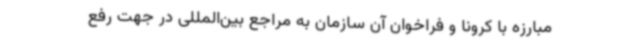
مبارزه با کرونا و فراخوان آن سازمان به مراجع بین‌المللی در جهت رفع